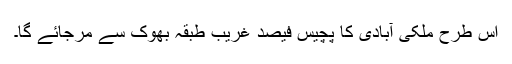
اس طرح ملکی آبادی کا پچیس فیصد غریب طبقہ بھوک سے مرجائے گا۔